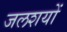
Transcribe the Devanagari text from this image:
जलशयों